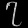
Digit: ၇